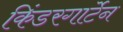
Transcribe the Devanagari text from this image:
किंडरगार्टेन